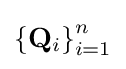
{\textstyle \left\{\mathbf {Q} _{i}\right\}_{i=1}^{n}}